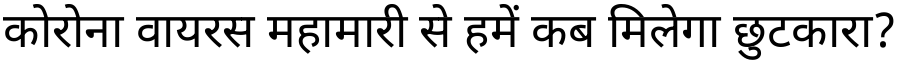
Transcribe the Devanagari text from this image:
कोरोना वायरस महामारी से हमें कब मिलेगा छुटकारा?